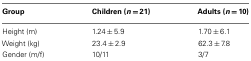
<table><thead><tr><td><b>Group</b></td><td><b>Children (<i>n</i> = 21)</b></td><td><b>Adults (<i>n</i> = 10)</b></td></tr></thead><tbody><tr><td>Height (m)</td><td>1.24 ± 5.9</td><td>1.70 ± 6.1</td></tr><tr><td>Weight (kg)</td><td>23.4 ± 2.9</td><td>62.3 ± 7.8</td></tr><tr><td>Gender (m/f)</td><td>10/11</td><td>3/7</td></tr></tbody></table>